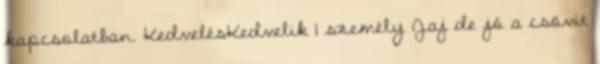
kapcsolatban. KedvelésKedvelik 1 személy Jaj de jó a csövit